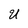
Character: U